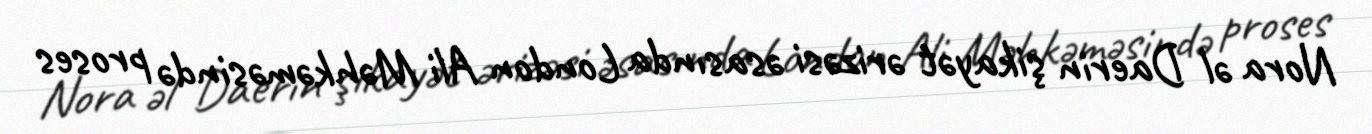
Nora əl Daerin şikayət ərizəsi əsasında London Ali Məhkəməsində proses